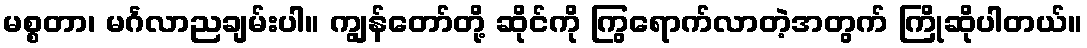
မစ္စတာ၊ မင်္ဂလာညချမ်းပါ။ ကျွန်တော်တို့ ဆိုင်ကို ကြွရောက်လာတဲ့အတွက် ကြိုဆိုပါတယ်။